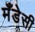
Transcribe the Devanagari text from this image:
मँडेसी